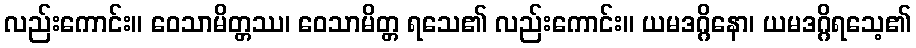
လည်းကောင်း။ ဝေသာမိတ္တဿ၊ ဝေသာမိတ္တ ရသေ၏ လည်းကောင်း။ ယမဒဂ္ဂိနော၊ ယမဒဂ္ဂိရသေ့၏